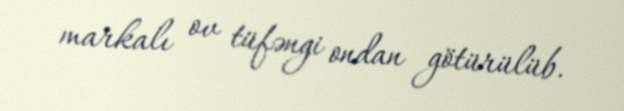
markalı ov tüfəngi ondan götürülüb.